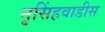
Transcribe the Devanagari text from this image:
नृसिंहवाडीस